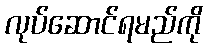
လုပ်ဆောင်ရမည်ကို